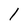
Character: l